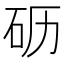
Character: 𰦦